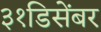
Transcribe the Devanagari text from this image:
३१डिसेंबर